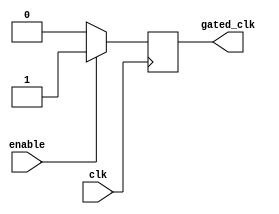
module clock_gating_buffer (
    input wire clk,      // Primary clock input
    input wire enable,   // Control signal for clock gating
    output reg gated_clk // Output clock signal
);

// As the clock signal can change any time, we should use an always block that is triggered on the clk signal
always @(posedge clk) begin
    if (enable) begin
        gated_clk <= 1'b1; // Pass through the clock when enable is high
    end else begin
        gated_clk <= 1'b0; // Gated off the clock when enable is low
    end
end

// To ensure that clock does not glitch out when enable goes low, we need to reset gated_clk when enable is low
// This should not affect the logic so far since gated_clk is assigned correctly in the previous condition

endmodule